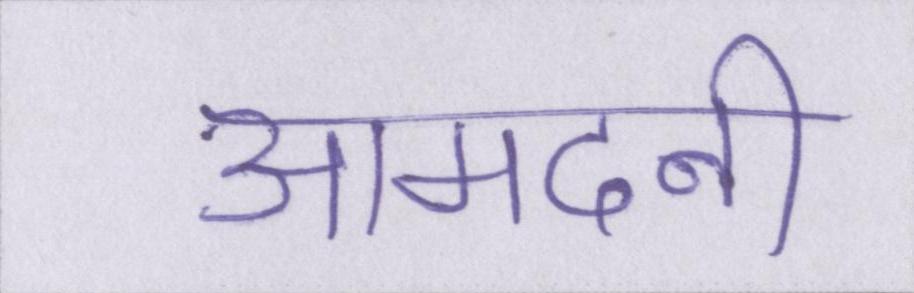
आमदनी